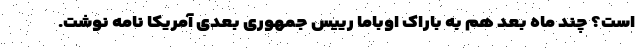
است؟ چند ماه بعد هم به باراک اوباما رییس جمهوری بعدی آمریکا نامه نوشت.